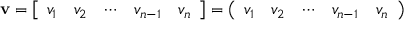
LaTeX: \mathbf { v } = \left[ { \begin{array} { l l l l l } { v _ { 1 } } & { v _ { 2 } } & { \cdots } & { v _ { n - 1 } } & { v _ { n } } \end{array} } \right] = \left( { \begin{array} { l l l l l } { v _ { 1 } } & { v _ { 2 } } & { \cdots } & { v _ { n - 1 } } & { v _ { n } } \end{array} } \right)